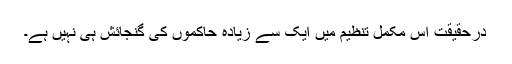
درحقیقت اس مکمل تنظیم میں ایک سے زیادہ حاکموں کی گنجائش ہی نہیں ہے۔